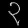
Digit: ၃